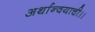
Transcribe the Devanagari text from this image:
अर्थान्वयाची।।